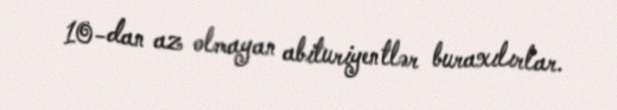
10-dan az olmayan abituriyentlər buraxılırlar.